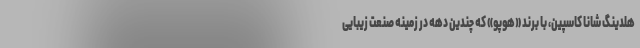
هلدینگ شانا کاسپین، با برند «هوپو» که چندین دهه در زمینه صنعت زیبایی